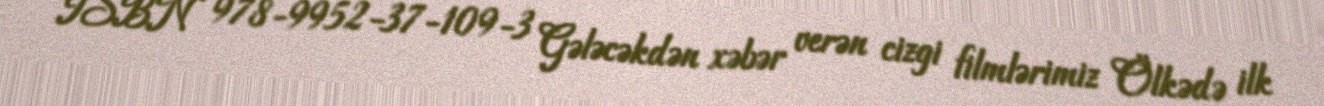
ISBN 978-9952-37-109-3 Gələcəkdən xəbər verən cizgi filmlərimiz Ölkədə ilk